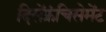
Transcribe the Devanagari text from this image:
दिसेंफ्रंचिसेमेंट